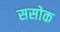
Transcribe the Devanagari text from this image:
ससोक